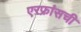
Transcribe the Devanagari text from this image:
एरफ्रांसची